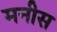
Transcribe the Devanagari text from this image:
मनीस